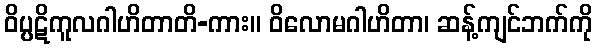
ဝိပ္ပဋိကူလဂါဟိတာတိ-ကား။ ဝိလောမဂါဟိတာ၊ ဆန့်ကျင်ဘက်ကို